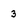
Character: 3